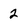
Character: 2